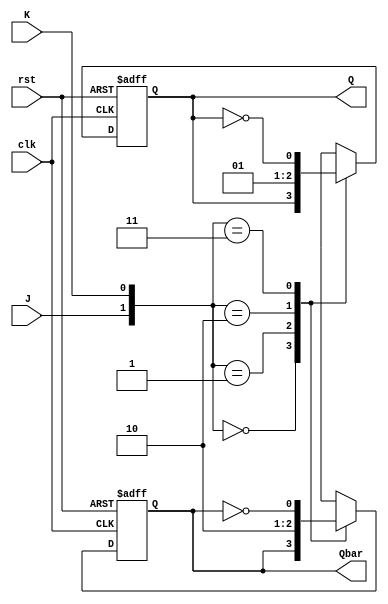
module jk_flipflop (
    input J, // J input
    input K, // K input
    input clk, // clock input
    input rst, // asynchronous reset input
    output reg Q, // Q output
    output reg Qbar // Q' output
);

always @(posedge clk or posedge rst) begin
    if (rst) begin
        Q <= 1'b0;
        Qbar <= 1'b1;
    end else begin
        case({J, K})
            2'b00: begin // no change
                Q <= Q;
                Qbar <= Qbar;
            end
            2'b01: begin // reset
                Q <= 1'b0;
                Qbar <= 1'b1;
            end
            2'b10: begin // set
                Q <= 1'b1;
                Qbar <= 1'b0;
            end
            2'b11: begin // toggle
                Q <= ~Q;
                Qbar <= ~Qbar;
            end
        endcase
    end
end

endmodule